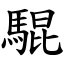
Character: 騉